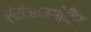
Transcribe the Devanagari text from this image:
एंटीआक्सीडैंट